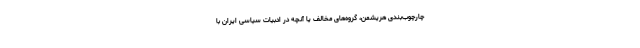
چارچوب‌بندی هریشمن، گروه‌های مخالف یا آنچه در ادبیات سیاسی ایران با